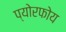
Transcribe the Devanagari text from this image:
प्योरफोय